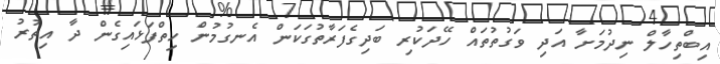
އިބްތިހާލް ނިދުމަށާ އަދި ވަގުތުތައް ހޭދަކުރި ބަދިގެފަރާތުގަކަން އެނގުމުން ހިތްފަޅައިގެން ދާ އިތުރު